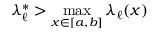
\lambda _ { \ell } ^ { * } > \operatorname* { m a x } _ { x \in [ a , b ] } \lambda _ { \ell } ( x )